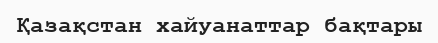
Қазақстан хайуанаттар бақтары